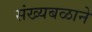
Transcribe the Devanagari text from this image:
संख्यबळाने